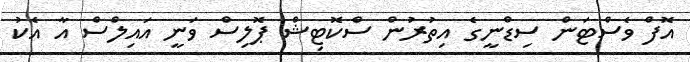
އޮފް ވެސްޓަން ސިޑްނީގެ އިތުރުން ސްކޮޓިޝް ޕޮލިސް ވަނީ އައިލްސް އާ އެކު